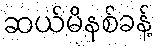
ဆယ်မိနစ်ခန့်